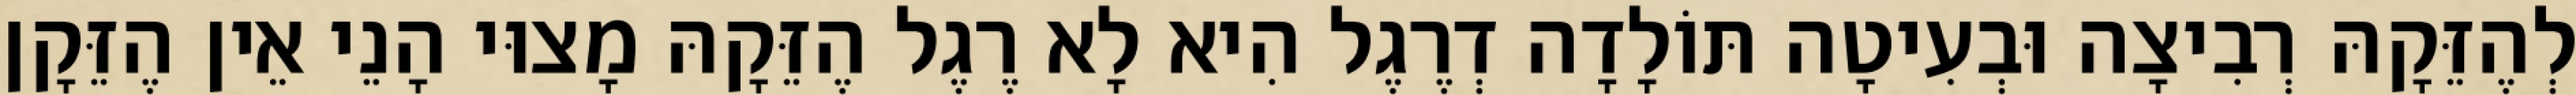
לְהֶזֵּקָהּ רְבִיצָה וּבְעִיטָה תּוֹלָדָה דְרֶגֶל הִיא לָא רֶגֶל הֶזֵּקָהּ מָצוּי הָנֵי אֵין הֶזֵּקָן